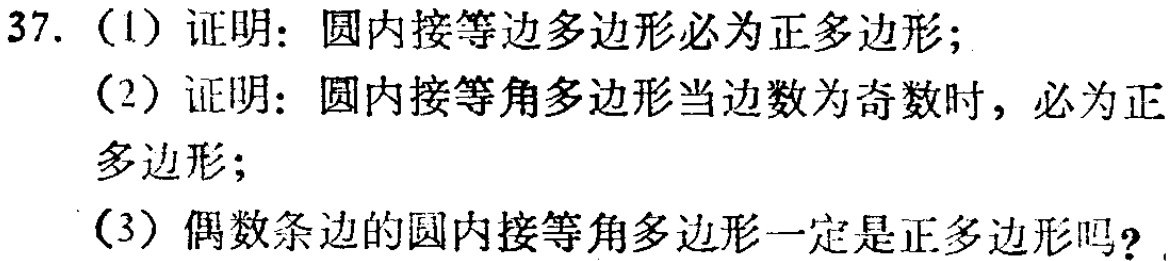
37. (1) 证明：圆内接等边多边形必为正多边形；
(2) 证明：圆内接等角多边形当边数为奇数时，必为正多边形；
(3) 偶数条边的圆内接等角多边形一定是正多边形吗？